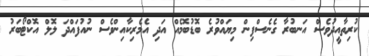
ކުރިތާއީދުވެސް އަނބުރާ ގެނެސްފިން މިޔައްވުރެ ބޮޑުބޮމެއް އަދި އެމެރިކާއިންވެސް ނުއުފައްދަ ލޮލް އޮކްޓޯބަރު